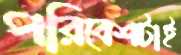
পরিবেশটাই